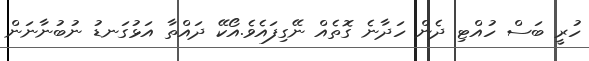
ހުރީ ބަސް ހުއްޓި ދެން ހަދާނެ ގޮތެއް ނޭގިފައެވެ.އޯކޭ ދައްތާ އަޅުގަނޑު ނުބުނާނަން